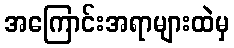
အကြောင်းအရာများထဲမှ